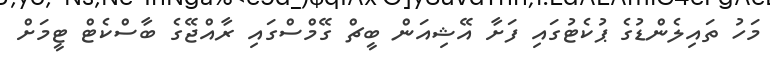
މަހު ތައިލެންޑުގެ ޕުކެޓުގައި ފަށާ އޭޝިއަން ބީޗް ގޭމްސްގައި ރާއްޖޭގެ ބާސްކެޓް ޓީމަށް